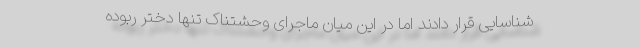
شناسایی قرار دادند اما در این میان ماجرای وحشتناک تنها دختر ربوده